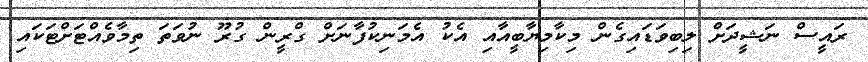
ރައީސް ނަޝީދަށް ލިބިވަޑައިގެން މިކާމިޔާބީއާއި އެކު އެމަނިކުފާނަށް ގްރީން ގުރޫ ނުވަތަ ތިމާވެއްޓަށްޓަކައި